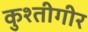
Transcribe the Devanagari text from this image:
कुश्तीगीर